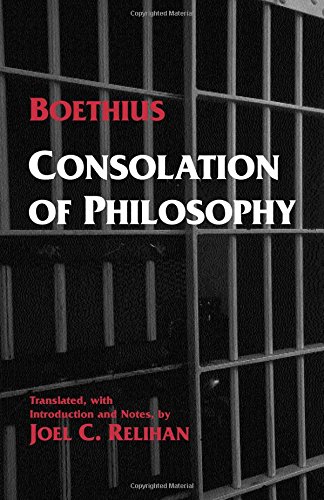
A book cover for Consolation of Philosophy; Boethius; Politics & Social Sciences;